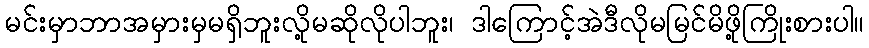
မင်းမှာဘာအမှားမှမရှိဘူးလို့မဆိုလိုပါဘူး၊ ဒါကြောင့်အဲဒီလိုမမြင်မိဖို့ကြိုးစားပါ။